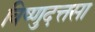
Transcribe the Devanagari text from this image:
विष्णुदत्तसा